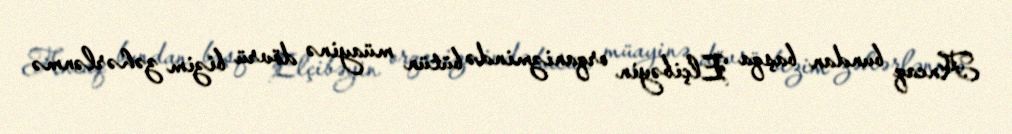
Ancaq bundan başqa Elçibəyin orqanizmində bütün müayinə dövrü bizim zəhərlənmə